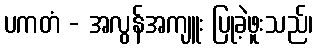
ပကတံ - အလွန်အကျူး ပြုခဲ့ဖူးသည်၊